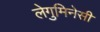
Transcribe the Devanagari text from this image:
लेगुमिनेसी